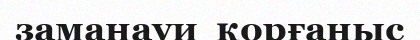
заманауи  қорғаныс